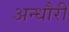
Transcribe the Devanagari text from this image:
अन्धौरी